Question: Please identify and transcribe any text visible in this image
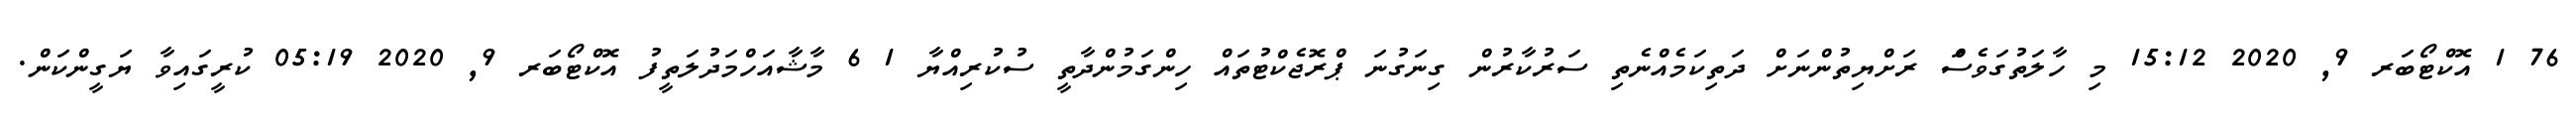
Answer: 76 1 އޮކްޓޯބަރ 9, 2020 15:12 މި ހާލަތުގަވެސަް ރަށްޔިތުންނަށް ދަތިކަމެއްނެތި ސަރުކާރުން ގިނަގުނަ ޕްރޮޖެކްޓުތައް ހިންގަމުންދާތީ ސުކުރިއްޔާ 1 6 މާޝާއަހްމަދުލަތީފު އޮކްޓޯބަރ 9, 2020 05:19 ކުރީގައިވާ ޔަގީންކަން.